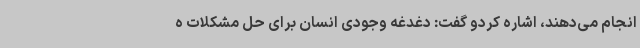
انجام می‌دهند، اشاره کردو گفت: دغدغه وجودی انسان برای حل مشکلات ه